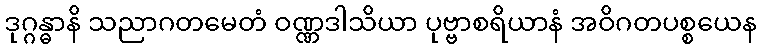
ဒုဂ္ဂန္ဓာနိ သညာဂတမေတံ ဝဏ္ဏဒါသိယာ ပုဗ္ဗာစရိယာနံ အဝိဂတပစ္စယေန